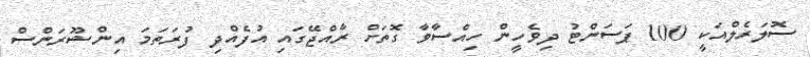
ސޮލަރެލްއަކީ 100 ޕަސަންޓު ދިވެހީން ހިއްސާވާ ގޮތަށް ރާއްޖޭގައި އުފެއްދި ފުރަތަމަ އިންޝޫރަންސް